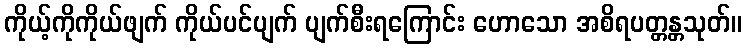
ကိုယ့်ကိုကိုယ်ဖျက် ကိုယ်ပင်ပျက် ပျက်စီးရကြောင်း ဟောသော အစိရပတ္တန္တသုတ်။